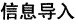
信息导入